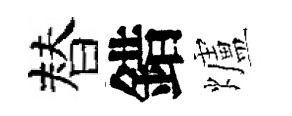
替錯爐